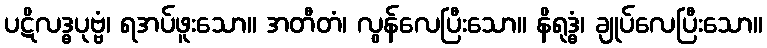
ပဋိလဒ္ဓပုဗ္ဗံ၊ ရအပ်ဖူးသော။ အတီတံ၊ လွန်လေပြီးသော။ နိရုဒ္ဓံ၊ ချုပ်လေပြီးသော။